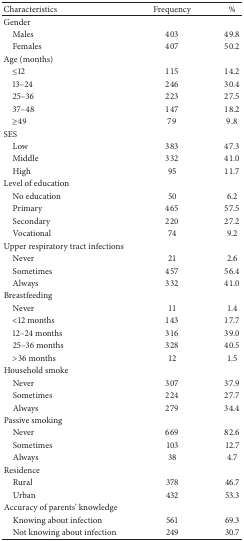
<table><thead><tr><td><b>Characteristics</b></td><td><b>Frequency</b></td><td><b>%</b></td></tr></thead><tbody><tr><td>Gender</td><td> </td><td> </td></tr><tr><td> Males</td><td>403</td><td>49.8</td></tr><tr><td> Females</td><td>407</td><td>50.2</td></tr><tr><td>Age (months)</td><td> </td><td> </td></tr><tr><td> ≤12</td><td>115</td><td>14.2</td></tr><tr><td> 13–24</td><td>246</td><td>30.4</td></tr><tr><td> 25–36</td><td>223</td><td>27.5</td></tr><tr><td> 37–48</td><td>147</td><td>18.2</td></tr><tr><td> ≥49</td><td>79</td><td>9.8</td></tr><tr><td>SES</td><td> </td><td> </td></tr><tr><td> Low</td><td>383</td><td>47.3</td></tr><tr><td> Middle</td><td>332</td><td>41.0</td></tr><tr><td> High</td><td>95</td><td>11.7</td></tr><tr><td>Level of education</td><td> </td><td> </td></tr><tr><td> No education</td><td>50</td><td>6.2</td></tr><tr><td> Primary</td><td>465</td><td>57.5</td></tr><tr><td> Secondary</td><td>220</td><td>27.2</td></tr><tr><td> Vocational</td><td>74</td><td>9.2</td></tr><tr><td>Upper respiratory tract infections</td><td> </td><td> </td></tr><tr><td> Never</td><td>21</td><td>2.6</td></tr><tr><td> Sometimes</td><td>457</td><td>56.4</td></tr><tr><td> Always</td><td>332</td><td>41.0</td></tr><tr><td>Breastfeeding</td><td> </td><td> </td></tr><tr><td> Never</td><td>11</td><td>1.4</td></tr><tr><td> &lt;12 months</td><td>143</td><td>17.7</td></tr><tr><td> 12–24 months</td><td>316</td><td>39.0</td></tr><tr><td> 25–36 months</td><td>328</td><td>40.5</td></tr><tr><td> &gt;36 months</td><td>12</td><td>1.5</td></tr><tr><td>Household smoke</td><td> </td><td> </td></tr><tr><td> Never</td><td>307</td><td>37.9</td></tr><tr><td> Sometimes</td><td>224</td><td>27.7</td></tr><tr><td> Always</td><td>279</td><td>34.4</td></tr><tr><td>Passive smoking</td><td> </td><td> </td></tr><tr><td> Never</td><td>669</td><td>82.6</td></tr><tr><td> Sometimes</td><td>103</td><td>12.7</td></tr><tr><td> Always</td><td>38</td><td>4.7</td></tr><tr><td>Residence</td><td> </td><td> </td></tr><tr><td> Rural</td><td>378</td><td>46.7</td></tr><tr><td> Urban</td><td>432</td><td>53.3</td></tr><tr><td>Accuracy of parents&#x27; knowledge</td><td> </td><td> </td></tr><tr><td> Knowing about infection</td><td>561</td><td>69.3</td></tr><tr><td> Not knowing about infection</td><td>249</td><td>30.7</td></tr></tbody></table>